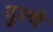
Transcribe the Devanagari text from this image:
दुल्चे